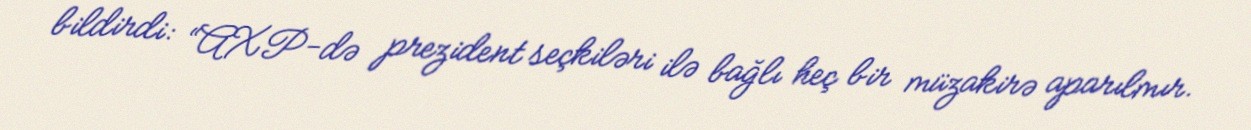
bildirdi: “AXP-də prezident seçkiləri ilə bağlı heç bir müzakirə aparılmır.